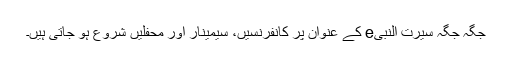
جگہ جگہ سیرت النبیe کے عنوان پر کانفرنسیں، سیمینار اور محفلیں شروع ہو جاتی ہیں۔